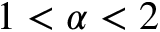
1 < \alpha < 2